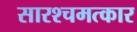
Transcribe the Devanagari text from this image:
सारश्चमत्कार